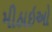
મીઠાઇઓ